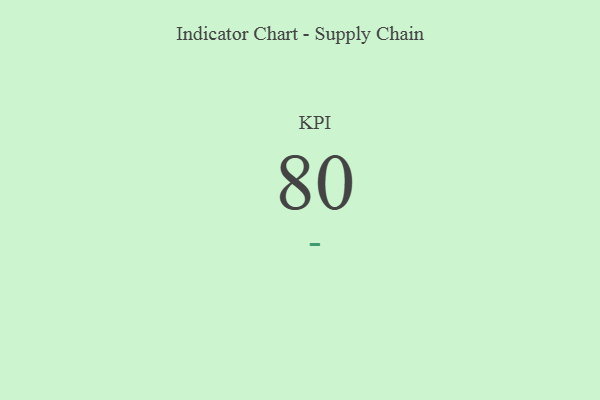
{"axis": {"x": "KPI", "y": "Value"}, "legend": [""], "data": [{"x": "KPI", "y": 80, "type": ""}]}